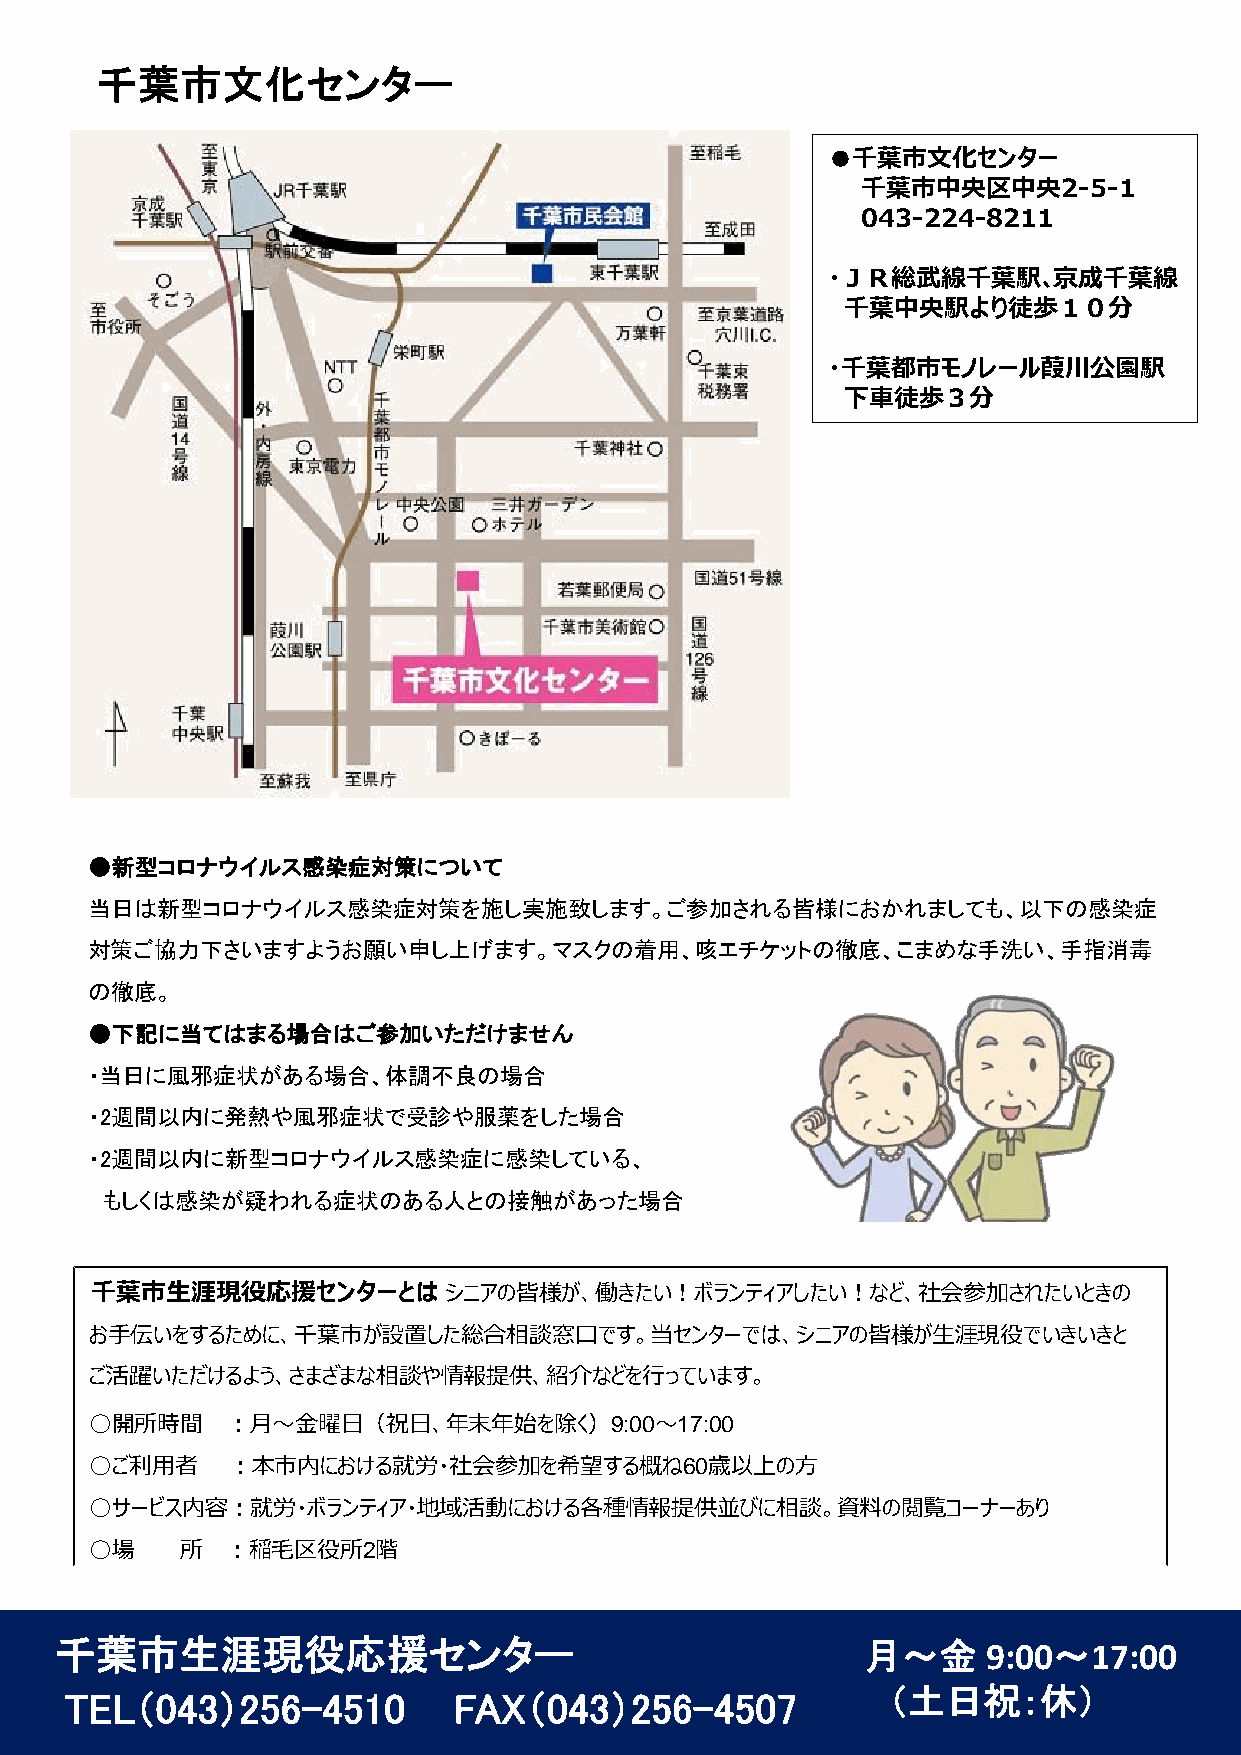
千葉市文化センター
 ●千葉市文化センター
 千葉市中央区中央2-5-1
 043-224-8211
 ・ＪＲ総武線千葉駅､京成千葉線
 千葉中央駅より徒歩１０分
 ・千葉都市モノレール葭川公園駅
 ◆交通・アクセス◆
 下車徒歩３分
 ●新型コロナウイルス感染症対策について
 当日は新型コロナウイルス感染症対策を施し実施致します。ご参加される皆様におかれましても、以下の感染症
 対策ご協力下さいますようお願い申し上げます。マスクの着用、咳エチケットの徹底、こまめな手洗い、手指消毒
 の徹底。
 ●下記に当てはまる場合はご参加いただけません
 ・当日に風邪症状がある場合、体調不良の場合
 ・2週間以内に発熱や風邪症状で受診や服薬をした場合
 ・2週間以内に新型コロナウイルス感染症に感染している、
 もしくは感染が疑われる症状のある人との接触があった場合
 千葉市生涯現役応援センターとは        シニアの皆様が、働きたい！ボランティアしたい！など、社会参加されたいときの
 お手伝いをするために、千葉市が設置した総合相談窓口です。当センターでは、シニアの皆様が生涯現役でいきいきと
 ご活躍いただけるよう、さまざまな相談や情報提供、紹介などを行っています。
 ○開所時間    ：月～金曜日（祝日、年末年始を除く）9:00～17:00
 ○ご利用者    ：本市内における就労・社会参加を希望する概ね60歳以上の方
 ○サービス内容：就労・ボランティア・地域活動における各種情報提供並びに相談。資料の閲覧コーナーあり
 ○場    所  ：稲毛区役所2階
 千葉市生涯現役応援センター                                        月～金     9:00～17:00
 TEL（043）256-4510          FAX（043）256-4507             （土日祝：休）